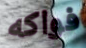
فواكه